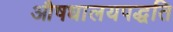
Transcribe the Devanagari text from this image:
औषधालयपद्धति